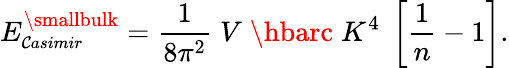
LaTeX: E_{\small\mathcal{C}asimir}^{\smallbulk}={\frac{{1}}{{8\pi^{2}}}}\; V\; \hbarc\; K^{4}\; \left[{\frac{{1}}{{n}}}-1\right].